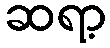
ဆရာ့